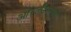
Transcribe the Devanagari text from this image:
ओरलँडोमध्ये